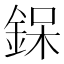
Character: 𮷰